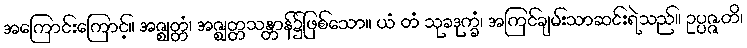
အကြောင်းကြောင့်။ အဇ္ဈတ္တံ၊ အဇ္ဈတ္တသန္တာန်၌ဖြစ်သော။ ယံ တံ သုခဒုက္ခံ၊ အကြင်ချမ်းသာဆင်းရဲသည်။ ဥပ္ပဇ္ဇတိ၊